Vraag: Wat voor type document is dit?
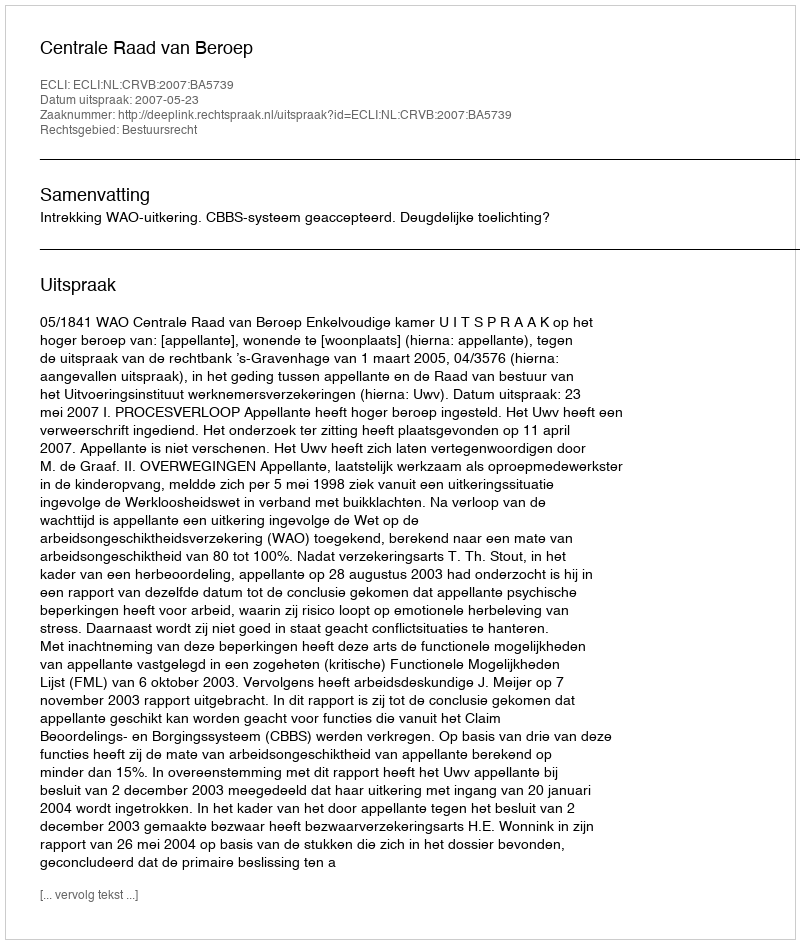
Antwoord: Uitspraak